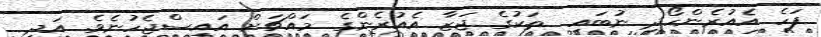
ފަހެ އެއުރެންހޯދި ނުބައި  ތަކުގެ ޖަޒާ އެއުރެންގެ މައްޗަށް އައިސްޖެހުނެވެ. އަދި